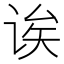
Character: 诶